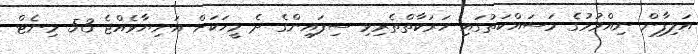
އަލިފާން ނިއްވުމުގެ މަސައްކަތުގައި ހަރަކާތްތެރިވި ސިފައިންގެ ދެ މީހަކަށް އަނިޔާވެއްޖެ 53 މިނެޓް